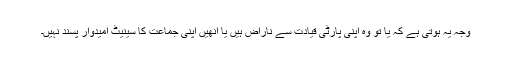
وجہ یہ ہوتی ہے کہ یا تو وہ اپنی پارٹی قیادت سے ناراض ہیں یا انھیں اپنی جماعت کا سینیٹ امیدوار پسند نہیں۔